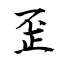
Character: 歪